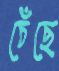
চেঁছে